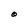
Character: O